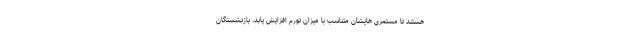
هستند تا مستمری ‌هایشان متناسب با میزان تورم افزایش یابد. بازنشستگان